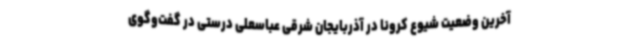
آخرین وضعیت شیوع کرونا در آذربایجان شرقی عباسعلی درستی در گفت‌وگوی